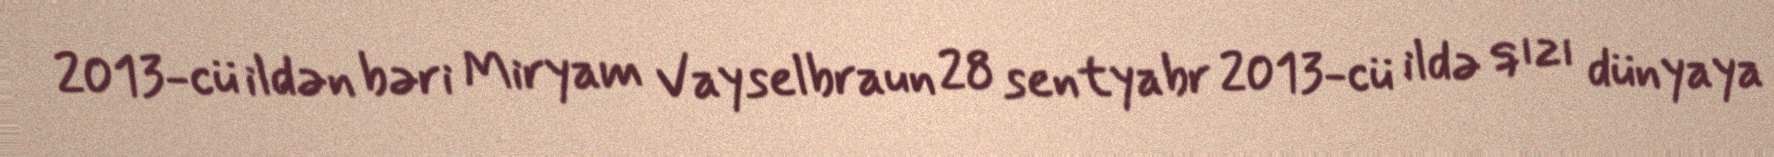
2013-cü ildən bəri Miryam Vayselbraun 28 sentyabr 2013-cü ildə qızı dünyaya